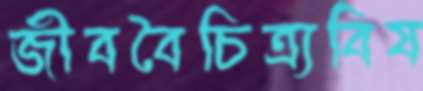
জীববৈচিত্র্যবিষ